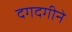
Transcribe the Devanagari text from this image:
दगदगीने